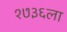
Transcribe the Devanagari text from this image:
१७३६ला